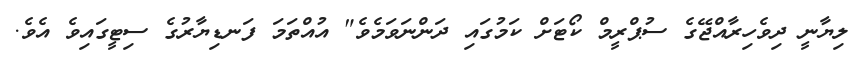
ލިޔާނީ ދިވެހިރާއްޖޭގެ ސުޕްރީމް ކޯޓަށް ކަމުގައި ދަންނަވަމެވެ" އުއްތަމަ ފަނޑިޔާރުގެ ސިޓީގައިވެ އެވެ.